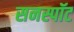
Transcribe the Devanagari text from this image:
सनस्पॉट